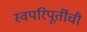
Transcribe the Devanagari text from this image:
स्वपरिपूर्तीची